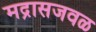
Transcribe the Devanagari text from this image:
मद्रासजवळ